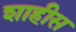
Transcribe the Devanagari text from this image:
शाहीस